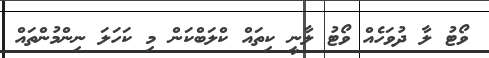
ވޯޓު ލާ ދުވަހެއް ވޯޓު ލާނީ ކިތައް ކްލަބްކަން މި ކަހަލަ ނިންމުންތައް